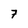
Character: 7